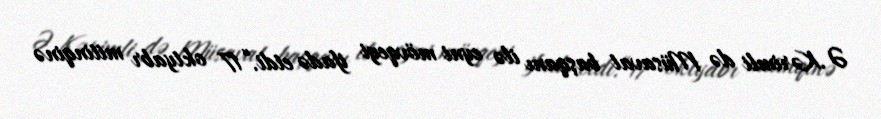
Ə.Kərimli də Müsavat başqanı ilə eyni mövqeyi ifadə etdi.“17 oktyabr mitinqinə